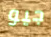
جيو